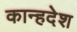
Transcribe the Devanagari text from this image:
कान्हदेश